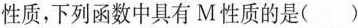
性质，下列函数中具有M性质的是( )